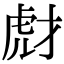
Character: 𧆯